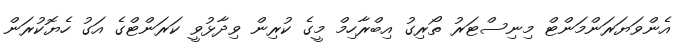
އެންވަޔަރަންމަންޓް މިނިސްޓަރު ތޯރިގު އިބްރާހިމް މީގެ ކުރިން ވިދާޅުވީ ކަރަންޓްގެ އަގު ހެޔޮކުރަން